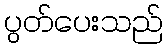
ပွတ်ပေးသည်